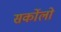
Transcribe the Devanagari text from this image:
सर्कोलो